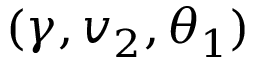
( \gamma , v _ { 2 } , \theta _ { 1 } )